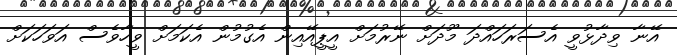
އޭނާ ވިދާޅުވީ އެސަރަހައްދަ މޫދަށް ނޭރުމަށް އީޕީއޭއިން އެގުމުން އެކަަމަށް ވީހާވެސް އަވަހަކަށް